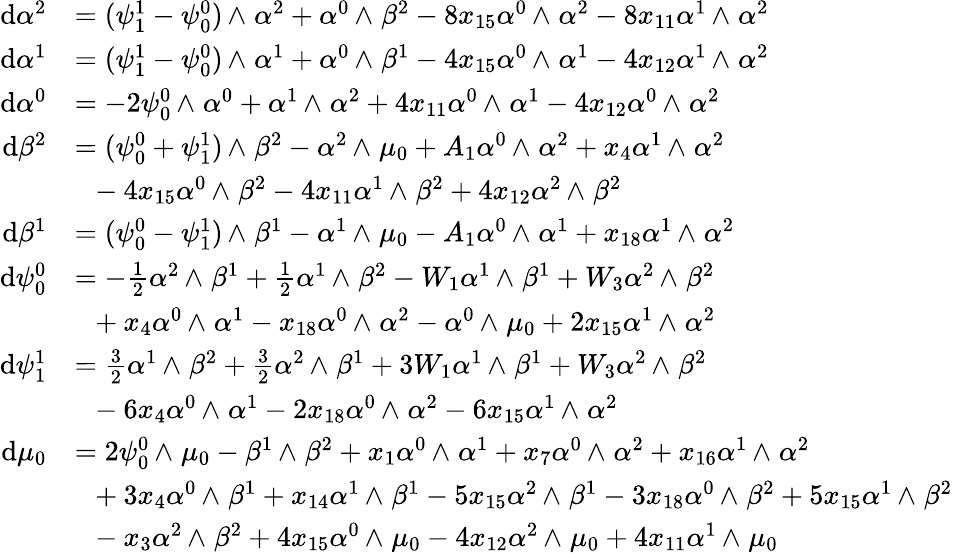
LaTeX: \begin{array}{rl}{\mathrm{d}\alpha^{2}}&{=(\psi_{1}^{1}-\psi_{0}^{0}){\, {\wedge}\; }\alpha^{2}+\alpha^{0}{\, {\wedge}\; }\beta^{2}-8x_{15}\alpha^{0}{\, {\wedge}\; }\alpha^{2}-8x_{11}\alpha^{1}{\, {\wedge}\; }\alpha^{2}}\\ {\mathrm{d}\alpha^{1}}&{=(\psi_{1}^{1}-\psi_{0}^{0}){\, {\wedge}\; }\alpha^{1}+\alpha^{0}{\, {\wedge}\; }\beta^{1}-4x_{15}\alpha^{0}{\, {\wedge}\; }\alpha^{1}-4x_{12}\alpha^{1}{\, {\wedge}\; }\alpha^{2}}\\ {\mathrm{d}\alpha^{0}}&{=-2\psi_{0}^{0}{\, {\wedge}\; }\alpha^{0}+\alpha^{1}{\, {\wedge}\; }\alpha^{2}+4x_{11}\alpha^{0}{\, {\wedge}\; }\alpha^{1}-4x_{12}\alpha^{0}{\, {\wedge}\; }\alpha^{2}}\\ {\mathrm{d}\beta^{2}}&{=(\psi_{0}^{0}+\psi_{1}^{1}){\, {\wedge}\; }\beta^{2}-\alpha^{2}{\, {\wedge}\; }\mu_{0}+A_{1}\alpha^{0}{\, {\wedge}\; }\alpha^{2}+x_{4}\alpha^{1}{\, {\wedge}\; }\alpha^{2}}\\ &{\ \ -4x_{15}\alpha^{0}{\, {\wedge}\; }\beta^{2}-4x_{11}\alpha^{1}{\, {\wedge}\; }\beta^{2}+4x_{12}\alpha^{2}{\, {\wedge}\; }\beta^{2}}\\ {\mathrm{d}\beta^{1}}&{=(\psi_{0}^{0}-\psi_{1}^{1}){\, {\wedge}\; }\beta^{1}-\alpha^{1}{\, {\wedge}\; }\mu_{0}-A_{1}\alpha^{0}{\, {\wedge}\; }\alpha^{1}+x_{18}\alpha^{1}{\, {\wedge}\; }\alpha^{2}}\\ {\mathrm{d}\psi_{0}^{0}}&{=-\textstyle{\frac 12}\alpha^{2}{\, {\wedge}\; }\beta^{1}+\textstyle{\frac 12}\alpha^{1}{\, {\wedge}\; }\beta^{2}-W_{1}\alpha^{1}{\, {\wedge}\; }\beta^{1}+W_{3}\alpha^{2}{\, {\wedge}\; }\beta^{2}}\\ &{\ \ +x_{4}\alpha^{0}{\, {\wedge}\; }\alpha^{1}-x_{18}\alpha^{0}{\, {\wedge}\; }\alpha^{2}-\alpha^{0}{\, {\wedge}\; }\mu_{0}+2x_{15}\alpha^{1}{\, {\wedge}\; }\alpha^{2}}\\ {\mathrm{d}\psi_{1}^{1}}&{=\frac 32\alpha^{1}{\, {\wedge}\; }\beta^{2}+\frac{3}{2}\alpha^{2}{\, {\wedge}\; }\beta^{1}+3W_{1}\alpha^{1}{\, {\wedge}\; }\beta^{1}+W_{3}\alpha^{2}{\, {\wedge}\; }\beta^{2}}\\ &{\ \ -6x_{4}\alpha^{0}{\, {\wedge}\; }\alpha^{1}-2x_{18}\alpha^{0}{\, {\wedge}\; }\alpha^{2}-6x_{15}\alpha^{1}{\, {\wedge}\; }\alpha^{2}}\\ {\mathrm{d}\mu_{0}}&{=2\psi_{0}^{0}{\, {\wedge}\; }\mu_{0}-\beta^{1}{\, {\wedge}\; }\beta^{2}+x_{1}\alpha^{0}{\, {\wedge}\; }\alpha^{1}+x_{7}\alpha^{0}{\, {\wedge}\; }\alpha^{2}+x_{16}\alpha^{1}{\, {\wedge}\; }\alpha^{2}}\\ &{\ \ +3x_{4}\alpha^{0}{\, {\wedge}\; }\beta^{1}+x_{14}\alpha^{1}{\, {\wedge}\; }\beta^{1}-5x_{15}\alpha^{2}{\, {\wedge}\; }\beta^{1}-3x_{18}\alpha^{0}{\, {\wedge}\; }\beta^{2}+5x_{15}\alpha^{1}{\, {\wedge}\; }\beta^{2}}\\ &{\ \ -x_{3}\alpha^{2}{\, {\wedge}\; }\beta^{2}+4x_{15}\alpha^{0}{\, {\wedge}\; }\mu_{0}-4x_{12}\alpha^{2}{\, {\wedge}\; }\mu_{0}+4x_{11}\alpha^{1}{\, {\wedge}\; }\mu_{0}}\end{array}